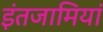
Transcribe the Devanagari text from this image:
इंतजामियां